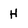
Character: H